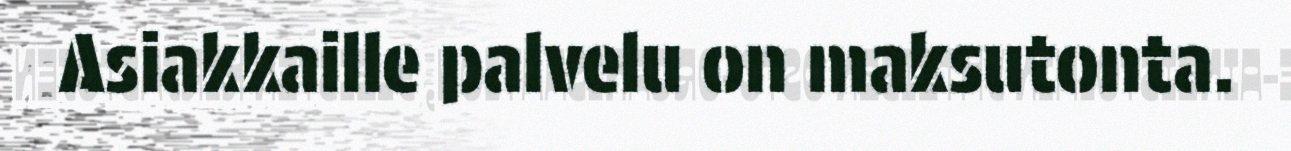
Asiakkaille palvelu on maksutonta.